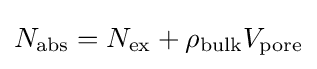
N_{\rm {abs}}=N_{\rm {ex}}+\rho _{\rm {bulk}}V_{\rm {pore}}